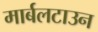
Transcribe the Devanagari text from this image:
मार्बलटाउन